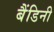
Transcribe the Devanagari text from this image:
बैंडिनी